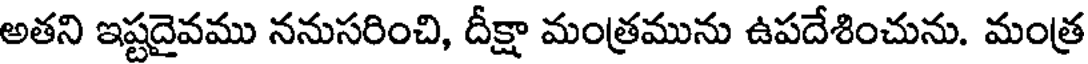
అతని ఇష్టదైవము ననుసరించి, దీక్షా మంత్రమును ఉపదేశించును. మంత్ర